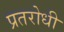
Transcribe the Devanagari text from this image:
प्रतरोधी